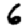
Digit: 6